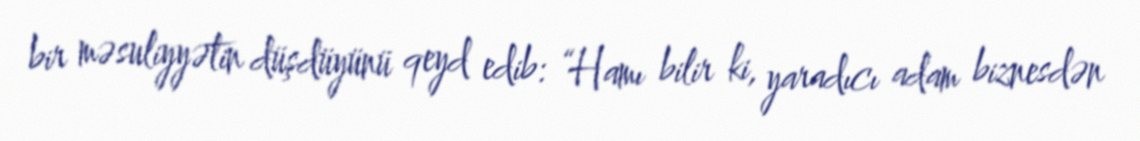
bir məsuliyyətin düşdüyünü qeyd edib: “Hamı bilir ki, yaradıcı adam biznesdən